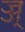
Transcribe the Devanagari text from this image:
ज्ज्